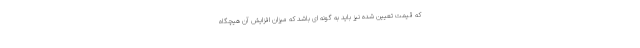
که قیمت تعیین شده نیز باید به گونه ای باشد که میزان افزایش آن هیچگاه